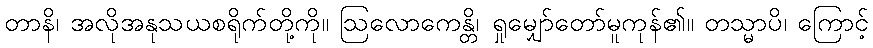
တာနိ၊ အလိုအနုသယစရိုက်တို့ကို။ ဩလောကေန္တိ၊ ရှုမျှော်တော်မူကုန်၏။ တသ္မာပိ၊ ကြောင့်